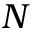
N